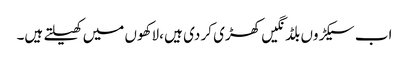
اب سیکڑوں بلڈنگیں کھڑی کر دی ہیں ،لاکھوں میں کھیلتے ہیں۔